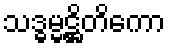
သဒ္ဓမ္မဋ္ဌိတိကော